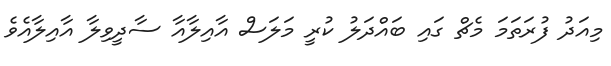
މިއަދު ފުރަތަމަ މެޗް ގައި ބައްދަލު ކުރީ މަލަސް އާއިލާއާ ސާދީވިލާ އާއިލާއެވެ